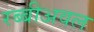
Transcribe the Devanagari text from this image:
रब्बीअवल